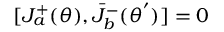
[ J _ { a } ^ { + } ( \theta ) , { \bar { J } } _ { b } ^ { - } ( { \theta } ^ { ' } ) ] = 0